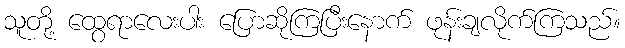
သူတို့ ထွေရာလေးပါး ပြောဆိုကြပြီးနောက် ဖုန်းချလိုက်ကြသည်။